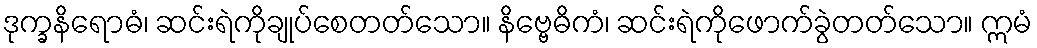
ဒုက္ခနိရောဓံ၊ ဆင်းရဲကိုချုပ်စေတတ်သော။ နိဗ္ဗေဓိကံ၊ ဆင်းရဲကိုဖောက်ခွဲတတ်သော။ ဣမံ